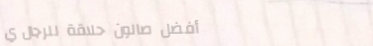
أفضل صالون حلاقة للرجال ي